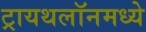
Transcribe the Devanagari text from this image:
ट्रायथलॉनमध्ये